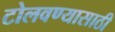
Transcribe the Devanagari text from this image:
टोलवण्यासाठी